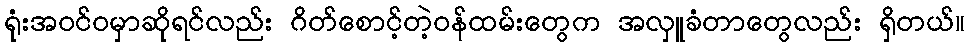
ရုံးအဝင်ဝမှာဆိုရင်လည်း ဂိတ်စောင့်တဲ့ဝန်ထမ်းတွေက အလှူခံတာတွေလည်း ရှိတယ်။